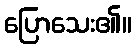
ပြောသေး၏။